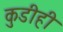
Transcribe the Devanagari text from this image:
कुडीही